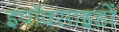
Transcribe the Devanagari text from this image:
इपॉक्साइडों